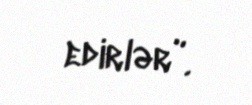
edirlər”.